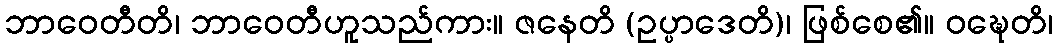
ဘာဝေတီတိ၊ ဘာဝေတီဟူသည်ကား။ ဇနေတိ (ဥပ္ပာဒေတိ)၊ ဖြစ်စေ၏။ ဝဍ္ဎေတိ၊